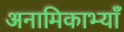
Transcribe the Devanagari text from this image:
अनामिकाभ्याँ